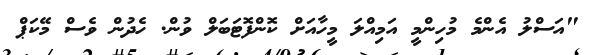
"އަސްލު އެންމެ މުހިންމީ އަމިއްލަ މީހާއަށް ކޮންފޮޓަބަލް ވުން. ހެދުން ވެސް މޭކަޕް